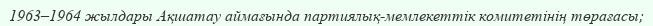
1963–1964 жылдары Ақшатау аймағында партиялық-мемлекеттік комитетінің төрағасы;